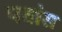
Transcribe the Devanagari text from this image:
पवांस